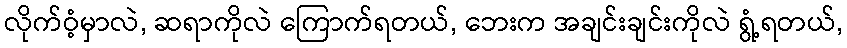
လိုက်ဝံ့မှာလဲ, ဆရာကိုလဲ ကြောက်ရတယ်, ဘေးက အချင်းချင်းကိုလဲ ရွံ့ရတယ်,